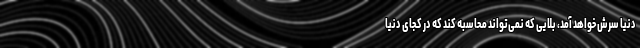
دنیا سرش خواهد آمد، بلایی که نمی‌تواند محاسبه کند که در کجای دنیا